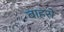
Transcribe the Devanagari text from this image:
बाहरो